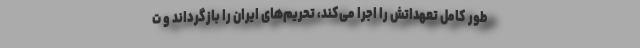
طور کامل تعهداتش را اجرا می‌کند، تحریم‌های ایران را بازگرداند و ت